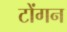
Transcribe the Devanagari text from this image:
टोंगन